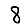
Digit: 8